Civil Veterinary Dept. North-West Frontier Province 1901-22 - 1901-1922
Year: 1901
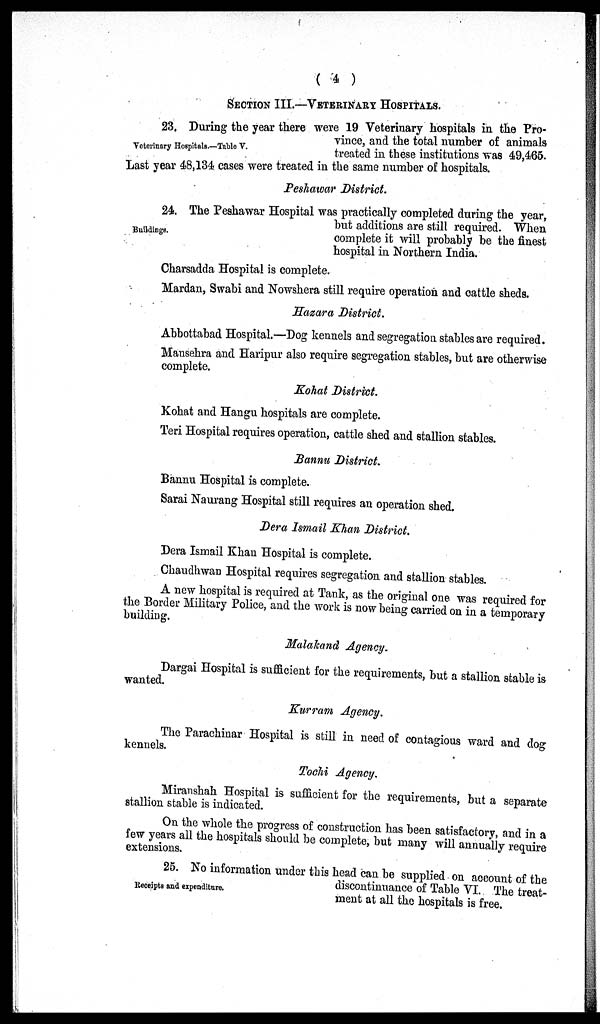
( 4 )
SECTION III.—VETERINARY HOSPITALS.
Veterinary Hospitals.—Table V.
23. During the year there were 19 Veterinary hospitals in the Pro-
vince, and the total number of animals
treated in these institutions was 49,465.
Last year 48,134 cases were treated in the same number of hospitals.
Peshawar District.
Buildings.
24. The Peshawar Hospital was practically completed during the year,
but additions are still required. When
complete it will probably be the finest
hospital in Northern India.
Charsadda Hospital is complete.
Mardan, Swabi and Nowshera still require operation and cattle sheds.
Hazara District.
Abbottabad Hospital.—Dog kennels and segregation stables are required.
Mansehra and Haripur also require segregation stables, but are otherwise
complete.
Kohat District.
Kohat and Hangu hospitals are complete.
Teri Hospital requires operation, cattle shed and stallion stables.
Bannu District.
Bannu Hospital is complete.
Sarai Naurang Hospital still requires an operation shed.
Dera Ismail Khan District.
Dera Ismail Khan Hospital is complete.
Chaudhwan Hospital requires segregation and stallion stables.
A new hospital is required at Tank, as the original one was required for
the Border Military Police, and the work is now being carried on in a temporary
building.
Malakand Agency.
Dargai Hospital is sufficient for the requirements, but a stallion stable is
wanted.
Kurram Agency.
The Parachinar Hospital is still in need of contagious ward and dog
kennels.
Tochi Agency.
Miranshah Hospital is sufficient for the requirements, but a separate
stallion stable is indicated.
On the whole the progress of construction has been satisfactory, and in a
few years all the hospitals should be complete, but many will annually require
extensions.
Receipts and expenditure.
25. No information under this head can be supplied on account of the
discontinuance of Table VI. The treat-
ment at all the hospitals is free.